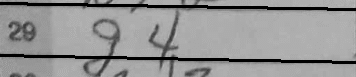
Transcription: g4